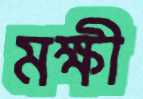
মক্ষী